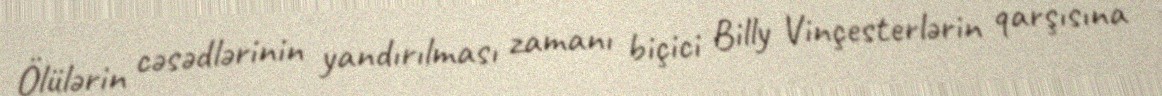
Ölülərin cəsədlərinin yandırılması zamanı biçici Billy Vinçesterlərin qarşısına